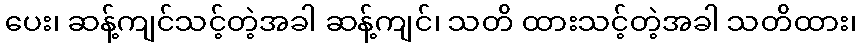
ပေး၊ ဆန့်ကျင်သင့်တဲ့အခါ ဆန့်ကျင်၊ သတိ ထားသင့်တဲ့အခါ သတိထား၊